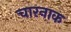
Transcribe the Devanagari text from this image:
चारनाक